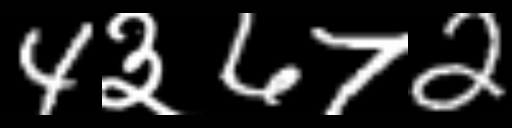
Text: 4३672